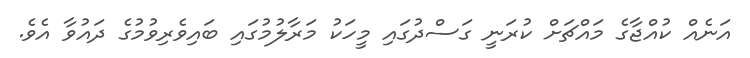
އަނެއް ކުއްޖާގެ މައްޗަށް ކުރަނީ ގަސްދުގައި މީހަކު މަރާލުމުގައި ބައިވެރިވުމުގެ ދައުވާ އެވެ.